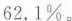
62.1\%。